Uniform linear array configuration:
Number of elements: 4
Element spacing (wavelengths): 0.25
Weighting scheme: hann
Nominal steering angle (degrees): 15
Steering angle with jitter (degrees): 15.394
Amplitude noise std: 0.05
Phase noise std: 0.05

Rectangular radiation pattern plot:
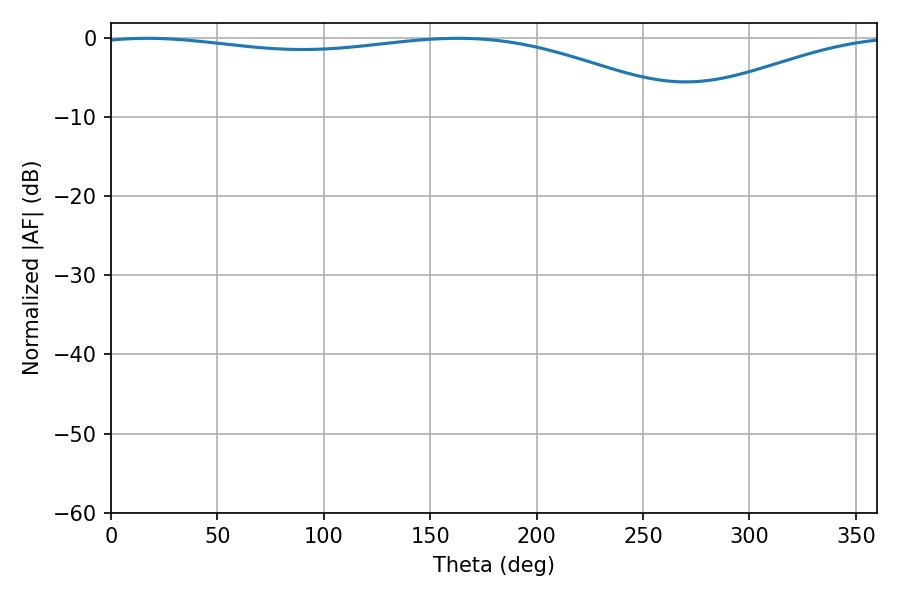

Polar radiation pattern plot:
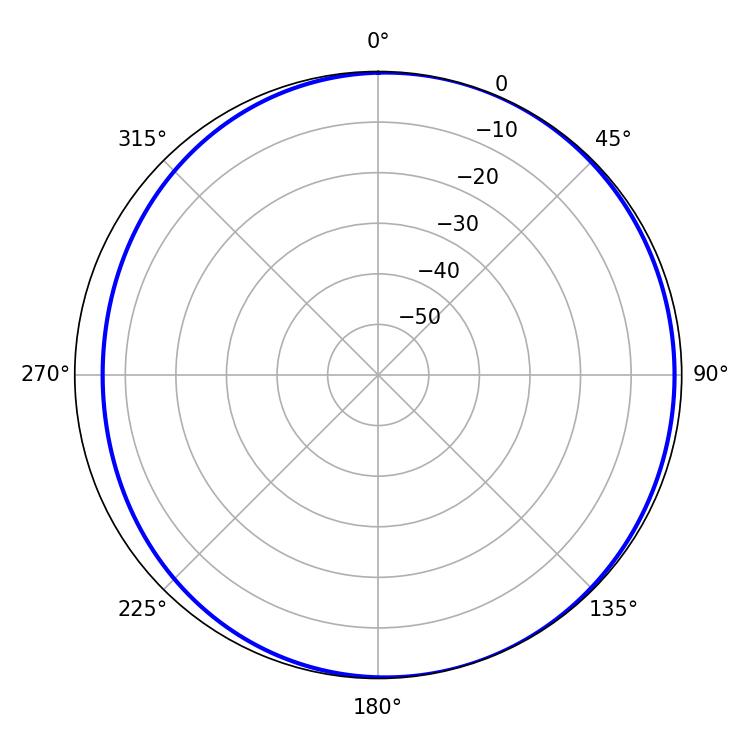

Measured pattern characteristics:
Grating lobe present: FALSE
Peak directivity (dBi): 4.065
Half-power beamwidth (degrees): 225.18
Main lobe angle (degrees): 16.92